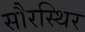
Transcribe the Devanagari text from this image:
सौरस्थिर